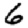
Digit: 6